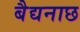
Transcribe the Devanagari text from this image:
बैद्यनाछ